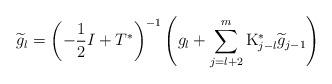
LaTeX: \begin{align*}\widetilde{g}_{l}=\left(-\frac{1}{2}I+T^{*}\right)^{-1}\left(g_{l}+\sum_{j=l+2}^{m}\mathrm{K}^{*}_{j-l}\widetilde{g}_{j-1}\right)\end{align*}